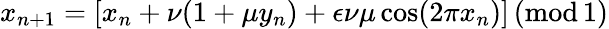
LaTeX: x_{n+1}=[x_{n}+\nu(1+\mu y_{n})+\epsilon\nu\mu\cos(2\pi x_{n})]\, ({\textrm{mod}}\, 1)